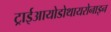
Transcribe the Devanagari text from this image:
ट्राईआयोडोथायरोनाइन